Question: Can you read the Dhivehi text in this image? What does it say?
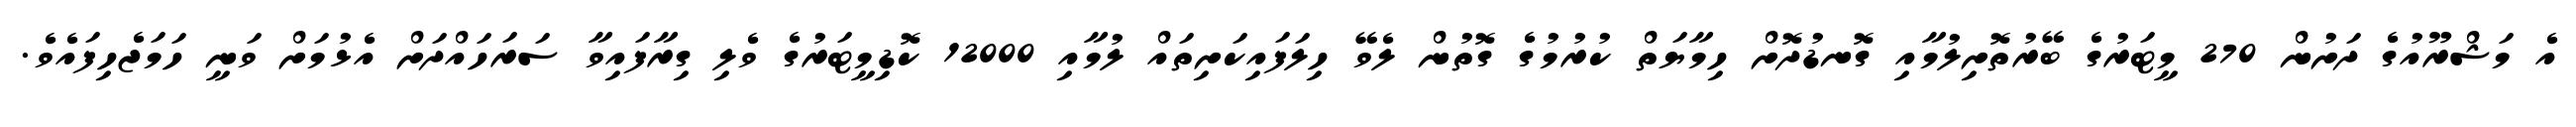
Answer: އެ މަޝްރޫއުގެ ދަށުން 270 މީޓަރުގެ ބޭރުތޮށިލުމާއި ގޮނޑުދޮށް ހިމާޔަތް ކުރުމުގެ ގޮތުން ލެވޭ ހިލަފައިކަށިތައް ލުމާއި 12000 ކޮޑިމީޓަރުގެ ވެލި ގިރާފައިވާ ސަރަހައްދަށް އެޅުމަށް ވަނީ ހަމަޖެހިފައެވެ.